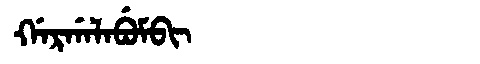
Manchu: ᡤᠠᡵᡤᠠᠯᠠᠪᡠᠮᠪᡳ
Romanization: GARGALABUMBI